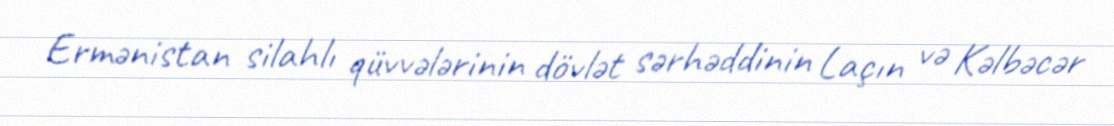
Ermənistan silahlı qüvvələrinin dövlət sərhəddinin Laçın və Kəlbəcər